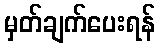
မှတ်ချက်ပေးရန်